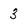
Character: 3